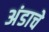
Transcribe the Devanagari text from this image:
अंडाचे